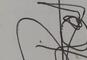
Signature authenticity: genuine